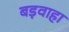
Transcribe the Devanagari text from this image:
बड़वाहा